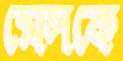
মেসকে